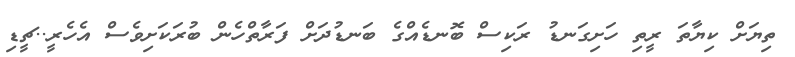
ތިޔަށް ކިޔާތަ ރީތި ހަށިގަނޑު ރަކިސް ބޮނޑެއްގެ ބަނޑުދަށް ފަރާތްހެން ބުރަކަށިވެސް އެހެރީ..ޗީޑި